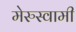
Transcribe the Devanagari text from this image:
मेरुस्वामी